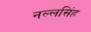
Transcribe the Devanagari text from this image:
नल्लसिंह